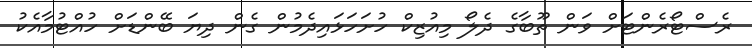
ރެސްޓޯރެންޓަށް ވަން ތޫބާގެ ދެލޯ މިއުޒިކް ހުށަހަޅައިދެމުން ގެން ދިޔަ ބޭންޑަށް ހުއްޓުމާއެކު